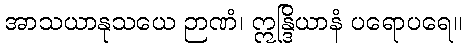
အာသယာနုသယေ ဉာဏံ၊ ဣန္ဒြိယာနံ ပရောပရေ။